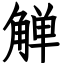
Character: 觯